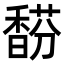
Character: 𩡉